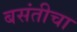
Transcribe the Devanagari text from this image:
बसंतीचा